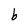
Character: b